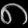
Digit: ၈